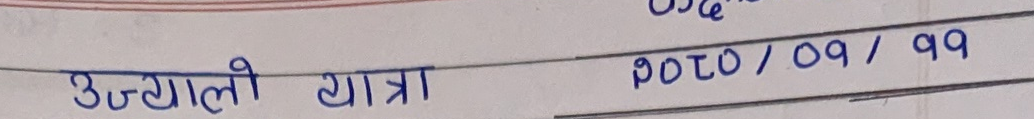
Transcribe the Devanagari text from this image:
उज्याली यात्रा १०१०/०९/११